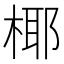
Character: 椰